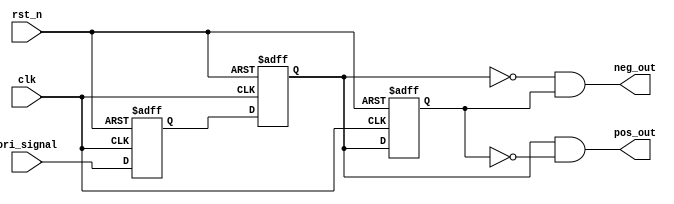
module Top_module
(
  input clk,
  input rst_n,
  input ori_signal,
  output pos_out,
  output neg_out
);

reg delay1, delay2, delay3;

//clkori_sinaldelay2
always @ (posedge clk or negedge rst_n)
begin
  if(!rst_n)
    delay1 <= 1'b0;
  else
    delay1 <= ori_signal;
end

always @ (posedge clk or negedge rst_n)
begin
  if(!rst_n)
    delay2 <= 1'b0;
  else
    delay2 <= delay1;
end

always @ (posedge clk or negedge rst_n)
begin
  if(!rst_n)
    delay3 <= 1'b0;
  else
    delay3 <= delay2;
end

assign pos_out = delay2 && (~delay3);
assign neg_out = (~delay2) && (delay3);

endmodule